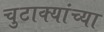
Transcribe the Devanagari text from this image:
चुटाक्यांच्या